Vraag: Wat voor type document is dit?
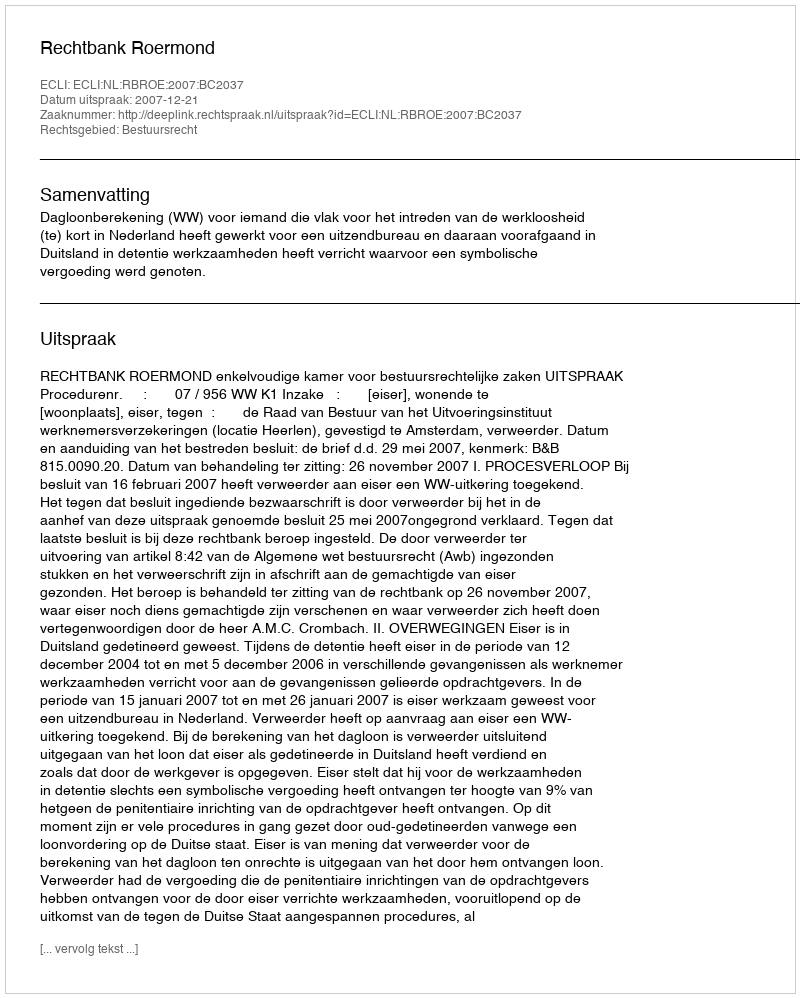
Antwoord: Uitspraak